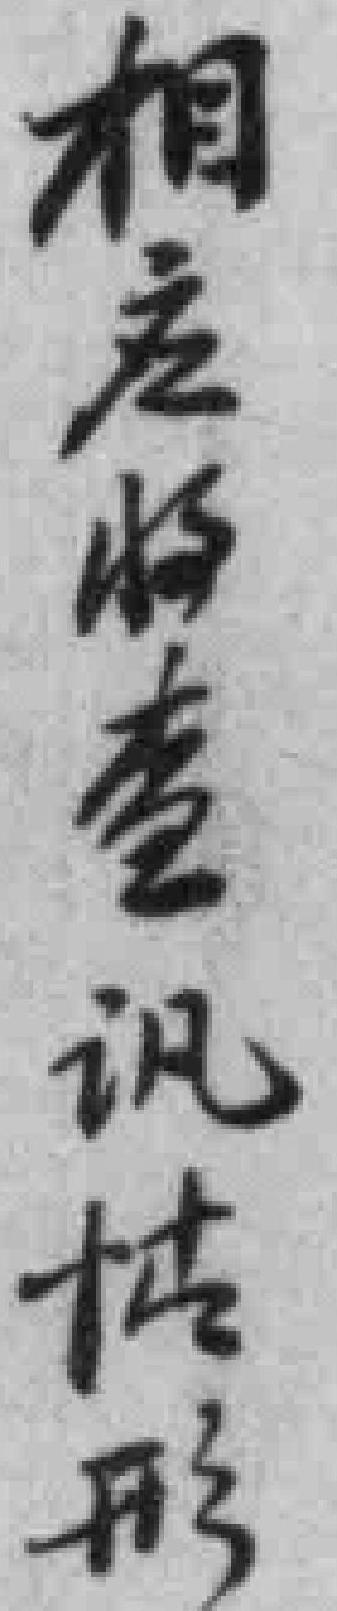
相應收查訉情形